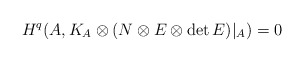
\begin{align*} H^q(A,K_A\otimes (N\otimes E\otimes\mathrm{det}\,E)|_A)=0 \end{align*}